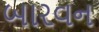
બારવન